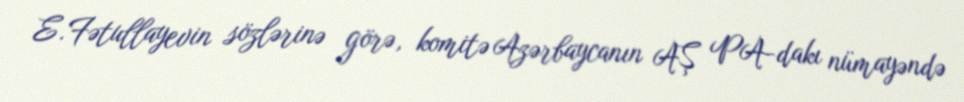
E.Fətullayevin sözlərinə görə, komitə Azərbaycanın AŞ PA-dakı nümayəndə